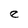
Character: e